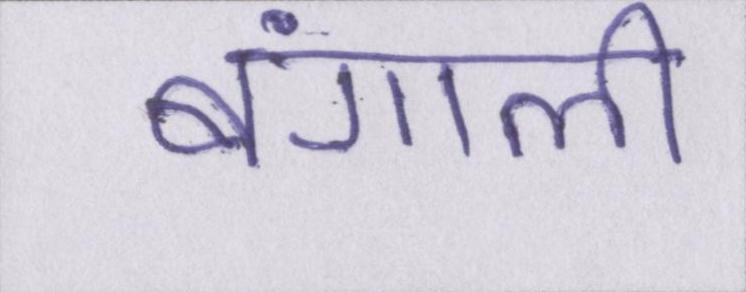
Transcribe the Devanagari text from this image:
बंगाली